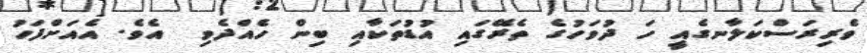
ވެރިރަސްކަލާނގެއީ ހަ ދުވަހުގެ ތެރޭގައި އުޑުތަކާއި ބިން ހެއްދެވި  އެވެ. އެއަށްފަހު